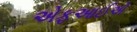
એફઆઈએ